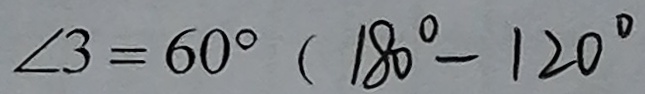
\angle 3 = 6 0 ^ { \circ } ( 1 8 0 ^ { \circ } - 1 2 0 ^ { \circ }